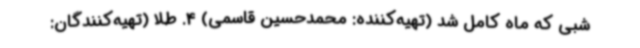
شبی که ماه کامل شد (تهیه‌کننده: محمدحسین قاسمی) 4. طلا (تهیه‌کنندگان: